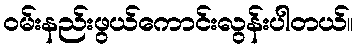
ဝမ်းနည်းဖွယ်ကောင်းလွန်းပါတယ်။